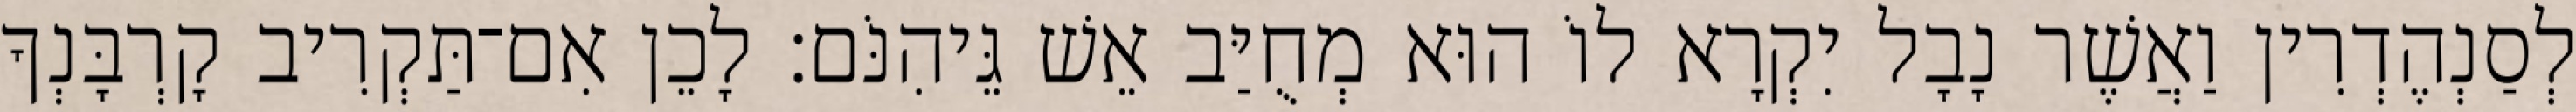
לְסַנְהֶדְרִין וַאֲשֶׁר נָבָל יִקְרָא לוֹ הוּא מְחֻיַּב אֵשׁ גֵּיהִנֹּם׃ לָכֵן אִם־תַּקְרִיב קָרְבָּנְךָ